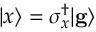
| x \rangle = \sigma _ { x } ^ { \dagger } | \mathbf { g } \rangle